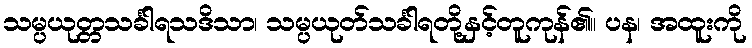
သမ္ပယုတ္တသင်္ခါရသဒိသာ၊ သမ္ပယုတ်သင်္ခါရတို့နှင့်တူကုန်၏။ ပန၊ အထူးကို